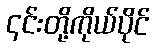
၎င်းတို့ကိုယ်ပိုင်